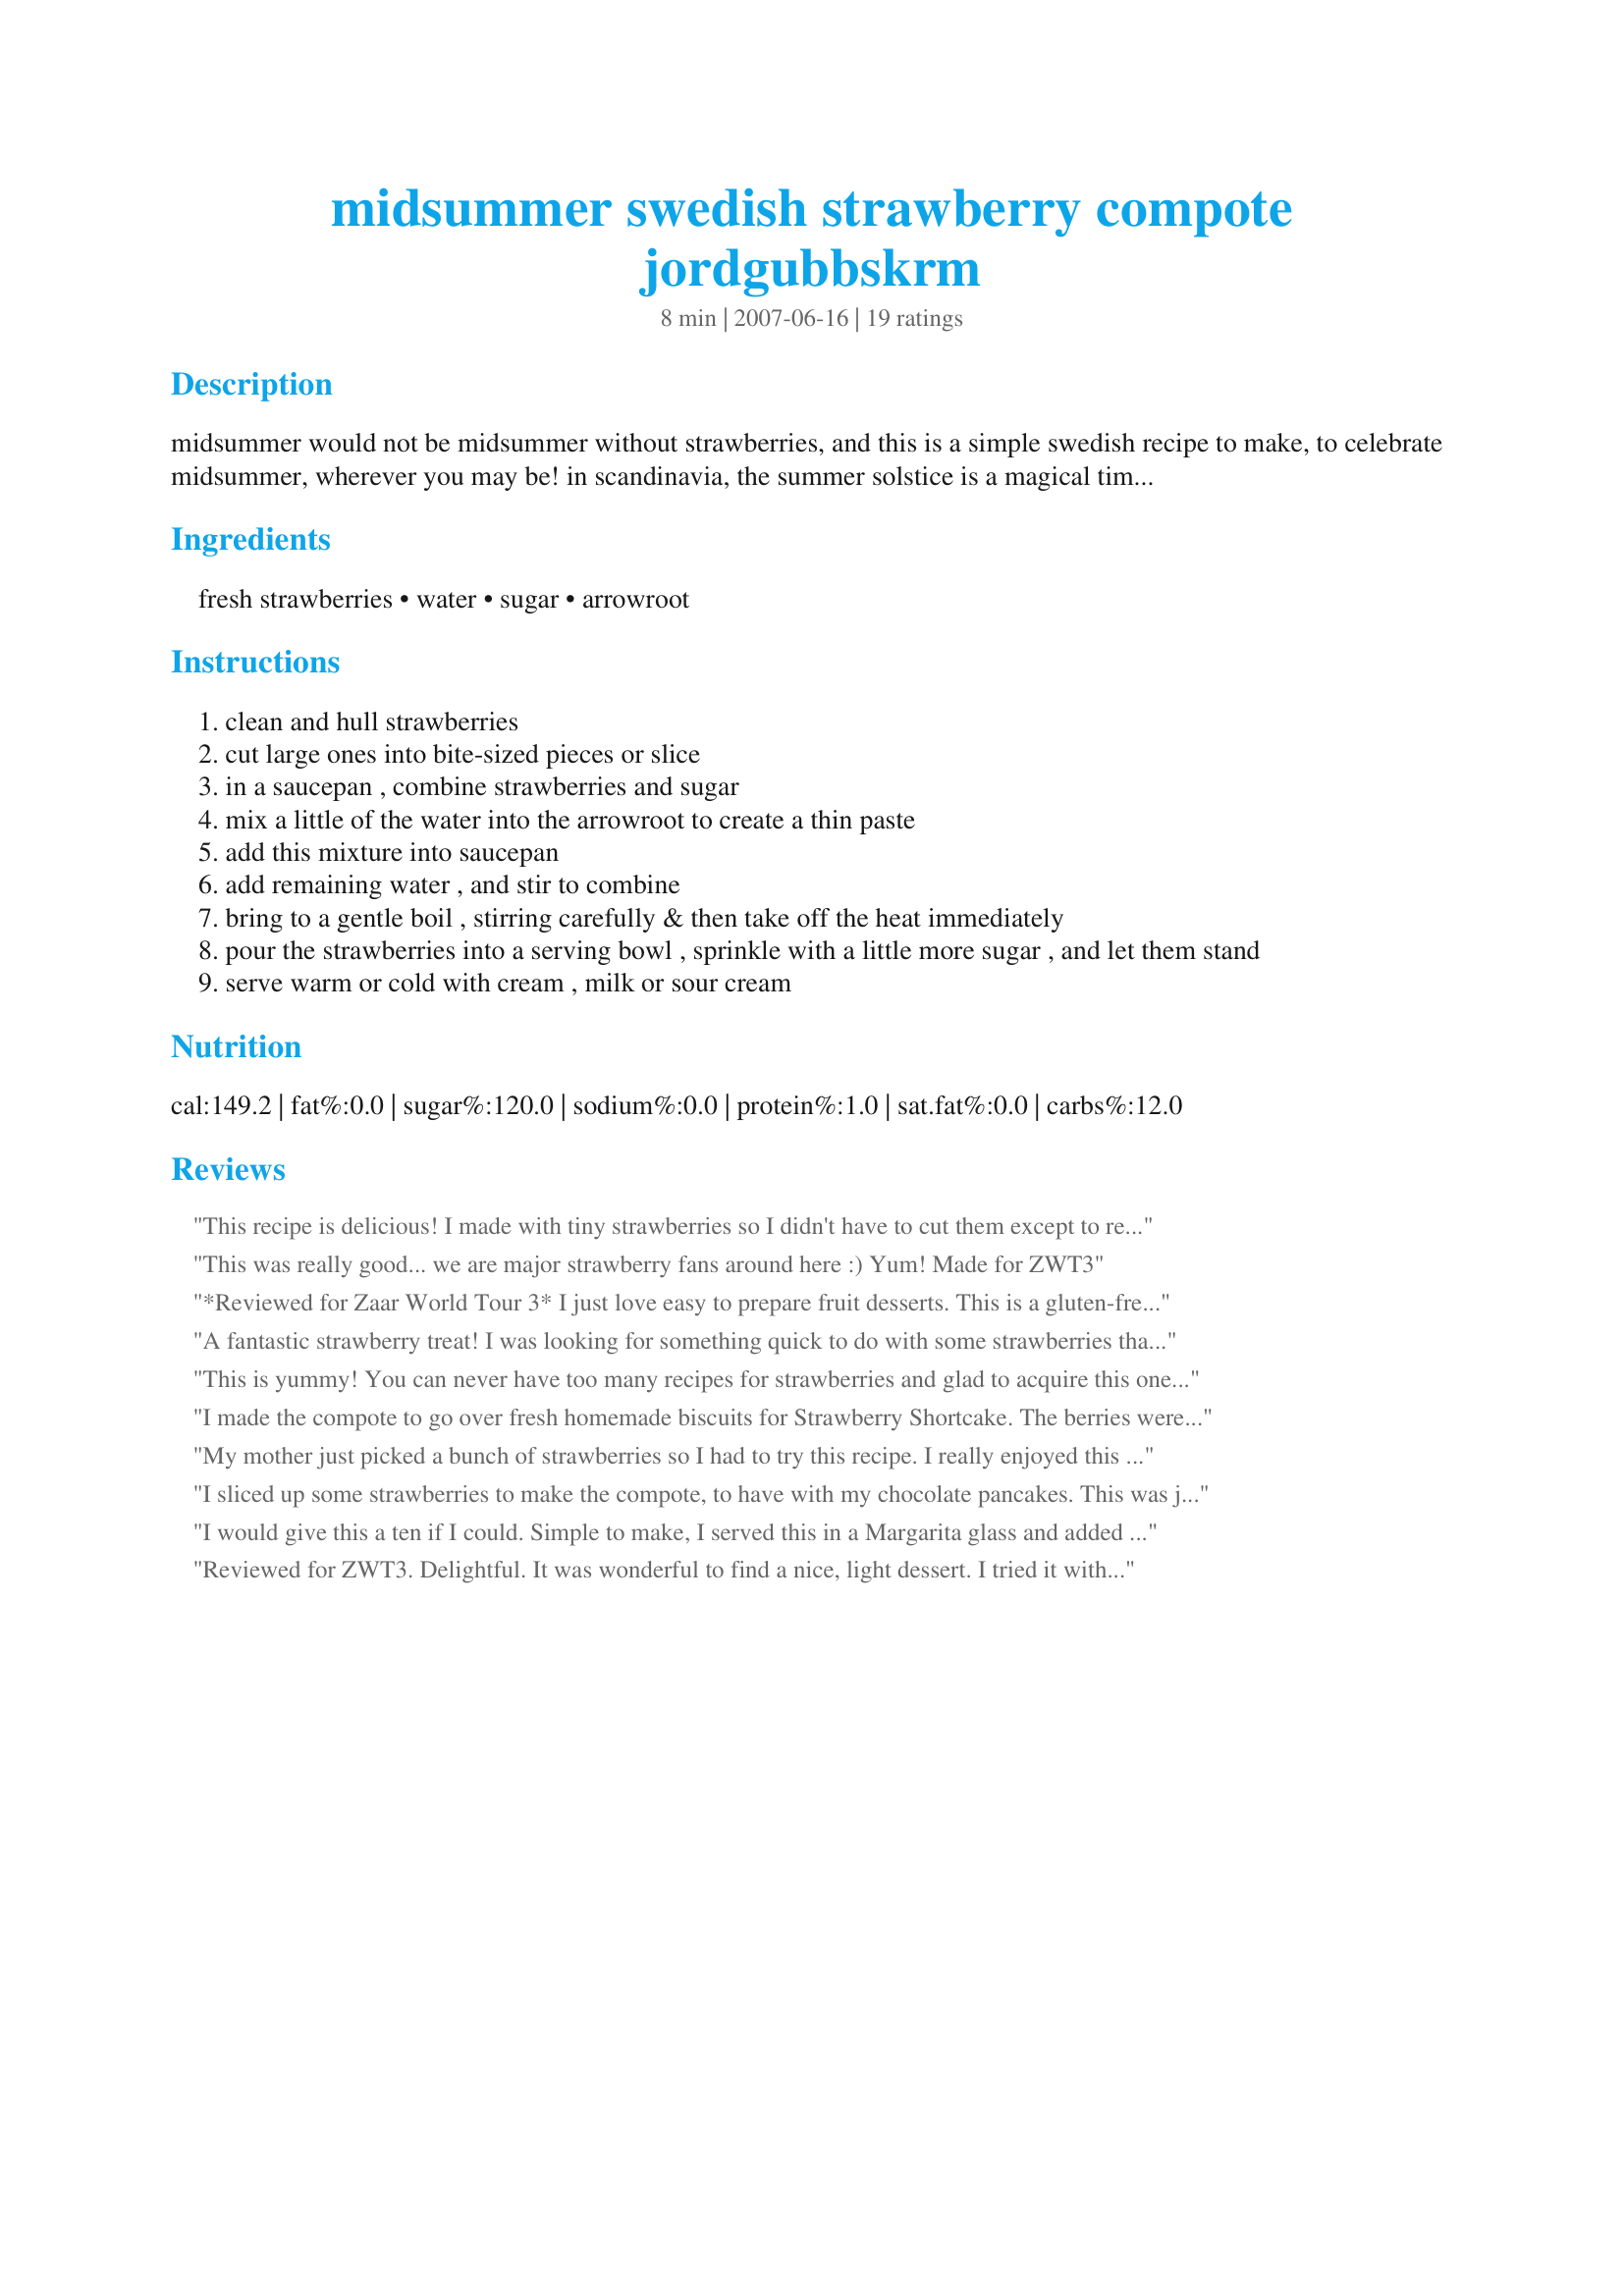
midsummer swedish strawberry compote jordgubbskrm
Preparation time: 8 minutes

midsummer would not be midsummer without strawberries, and this is a simple swedish recipe to make, to celebrate midsummer, wherever you may be! in scandinavia, the summer solstice is a magical time. the lavender twilight lasts until 11 p.m. and the day breaks again at about 2 a.m.; above the arctic circle, the sun doesn't sink below the horizon for weeks. this year, 2007, midsummer eve, the beginning of the three day official holiday, falls on june 25. throughout scandinavia, families and friends gather to decorate the maypole with birch leaves and wildflowers, make flower crowns for women and girls, dance around the maypole, sing summer songs and feast on pickled herring, new potatoes, and aquavit. in addition, many families have their own special foods that they traditionally serve as the midsummer meal. these are usually dishes that can be prepared ahead of time and easily served outdoors.

Ingredients:
fresh strawberries, water, sugar, arrowroot

Steps:
clean and hull strawberries
cut large ones into bite-sized pieces or slice
in a saucepan , combine strawberries and sugar
mix a little of the water into the arrowroot to create a thin paste
add this mixture into saucepan
add remaining water , and stir to combine
bring to a gentle boil , stirring carefully & then take off the heat immediately
pour the strawberries into a serving bowl , sprinkle with a little more sugar , and let them stand
serve warm or cold with cream , milk or sour cream

Reviews:
This recipe is delicious! I made with tiny strawberries so I didn't have to cut them except to remove the tops. I was afraid that the strawberries would be a bit firm with such a short cooking time, but it really is enough to soften them, but not make them lose their shape. I had some of this over vanilla ice cream tonight, and I look forward to spooning this over some pound cake or just out of the jar...I made this and put in canning jars to store, but I'll keep this in the fridge just to make sure it stays good. Thanks for posting this delicious recipe, French Tart!
This was really good... we are major strawberry fans around here :) Yum! Made for ZWT3
*Reviewed for Zaar World Tour 3* I just love easy to prepare fruit desserts. This is a gluten-free recipe if arrowroot(aka tapioca flour) or maize cornflour are used. Looked lovely served in margarita glasses. Children enjoyed this one as well. Photo also being posted.
A fantastic strawberry treat! I was looking for something quick to do with some strawberries that were about to turn. I can think of at least a dozen great ways to use this recipe, one of which will be on my pancakes tomorrow morning. Thanks so much for sharing!
This is yummy! You can never have too many recipes for strawberries and glad to acquire this one because I can never pass up buying them when they are in season. I did use cornstarch also, that's what I had and served it cold with whipped cream but next time I'm trying the sour cream. Thanks French Tart for delivering!
I made the compote to go over fresh homemade biscuits for Strawberry Shortcake. The berries were sweet and delicious!
My mother just picked a bunch of strawberries so I had to try this recipe. I really enjoyed this over ice cream today and so did my mother! A def make for any strawberry lover!
I sliced up some strawberries to make the compote, to have with my chocolate pancakes. This was just what I was looking for. The perfect addition to a special breakfast. The strawberries were just sweet enough for us, and with a dollop of whipped cream the pancakes were awesome!
I would give this a ten if I could. Simple to make, I served this in a Margarita glass and added 2 leaves from my mint plant. Presentation was beautiful.I did not add anything else to it .
Reviewed for ZWT3. Delightful. It was wonderful to find a nice, light dessert. I tried it with plain nonfat yogurt, and it made a great topping. Didn't change the recipe at all; I used corn starch rather than arrowroot. Thanks for posting this!
This was so so so yummy! My boyfriend and I made it this morning and put it on top of our pancakes! Thursday is always pancake day, and now we've found a new topping! Thanks!
Loved the story in your description. You said serve with cream, so I used ice"cream'. :)Wonderful! I enjoyed it very much! Made for ZWT3 by a Floozie- Remembering Amy.
This was so good and easy and pure. Served with a dollop of greek yoghurt. A definite keeper. Thanks!
Wow!! What a terrific dessert! I made this with fresh ripe field berries and served it at room temperature with some whole cream on top. It was fantastic!!
Thanks for a lovely dessert! Made for ZWT 3:)
I used this recipe to have over our belgian waffles. Outstanding!
So yummy and versatile. Made as written and served in a martini glass with a mint garnish. My mother used to make this and serve over all kinds of things from ice cream to sliced pound cake. So thanks so much for the yummy memories.
This was a beautiful fruit dish; I can't stop thinking of ways to serve it! :-) It went together very easily, and I served it with recipe#426535 and they were fabulous! I just love strawberries, and I'll keep this recipe close by! Thanks for sharing, FrenchTart. Made for ZWT.
Delicious over vanilla ice cream. I think any leftovers will also be wonderful for breakfast with yogurt. Thanks for sharing this keeper!
So very yummy, and so very easy!!
I served the strawberries with choc chip ice cream (I would have preferred Vanilla !!..but....)
I didnt have much arrowroot left, so I used arrowroot with the cornflour, and thought they might come out a bit gluggy and gluey, but NO ...to my amazement they came out perfect !!!!
As a strawberry loving family, finding this recipe is great, as I now have a terrific new recipe using strawberries to serve up to the family !!!
Great recipe French Tart, I will be making this again!!!
